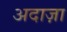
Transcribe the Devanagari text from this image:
अदाज़ा